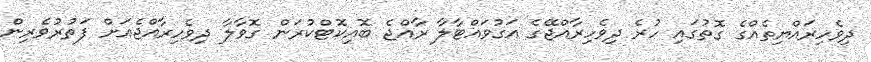
ދިވެހިރައްޔިތެއްގެ ގޮތުގައި ހުރެ ދިވެހިރާއްޖޭގެ އަގުވައްޓާލާ ރާއްޖެ ބޮއިކޮޓްކުރަން ގޮވާލާ ދިވެހިރާއްޖެއަށް ފަތުރުވެރިން